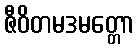
ဇီဝိတမဒမတ္တော